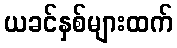
ယခင်နှစ်များထက်